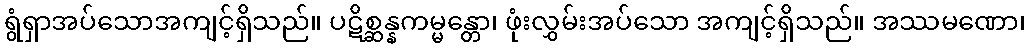
ရွံရှာအပ်သောအကျင့်ရှိသည်။ ပဋိစ္ဆန္နကမ္မန္တော၊ ဖုံးလွှမ်းအပ်သော အကျင့်ရှိသည်။ အဿမဏော၊